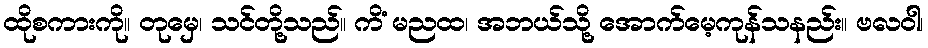
ထိုစကားကို။ တုမှေ၊ သင်တို့သည်။ ကိံ မညထ၊ အဘယ်သို့ အောက်မေ့ကုန်သနည်း။ ဗလဝါ၊